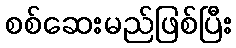
စစ်ဆေးမည်ဖြစ်ပြီး